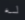
له